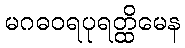
မဂဓဝရပုရတ္ထိမေန